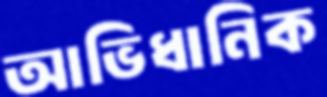
আভিধানিক